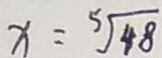
x = \sqrt [ 5 ] { 4 8 }